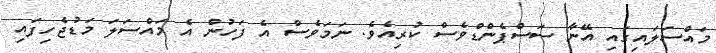
މައްސަަލައިގައި އޭނާ ސަސްޕެންޑްވެސް ކުރިއެވެ. ނަމަވެސް އެ ފަހުން އެ މައްސަލަ މަޑުޖެހިފައި